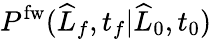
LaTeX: P^{\mathrm{fw}}(\widehat{L}_{f},t_{f}|\widehat{L}_{0},t_{0})